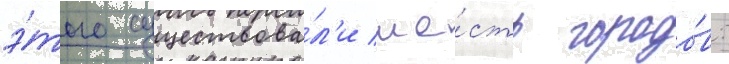
э́того существова́л'и ше́сть городо́в: